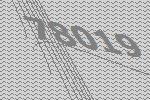
78019